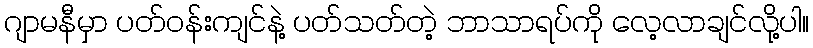
ဂျာမနီမှာ ပတ်ဝန်းကျင်နဲ့ ပတ်သတ်တဲ့ ဘာသာရပ်ကို လေ့လာချင်လို့ပါ။